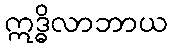
ဣဒ္ဓိလာဘာယ